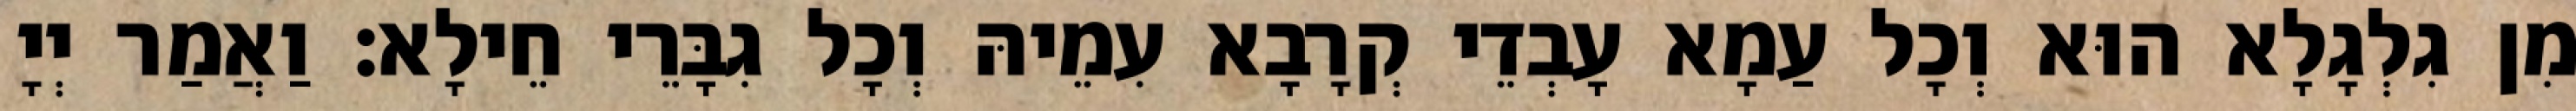
מִן גִלְגָלָא הוּא וְכָל עַמָא עָבְדֵי קְרָבָא עִמֵיהּ וְכָל גִבָּרֵי חֵילָא׃ וַאֲמַר יְיָ